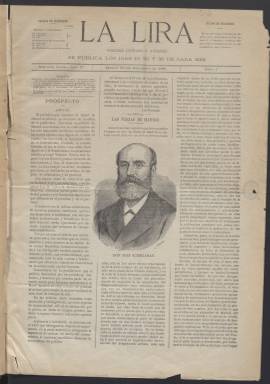
Título: La Lira (Madrid)
Colección: Cultura
Ámbito geográfico: Madrid
Lugar de publicación: Madrid
Fechas: 30/09/1881-15/09/1883